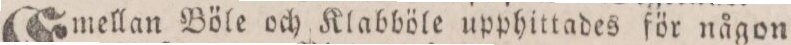
Emellan Böle och Klabböle upphittades för någon